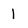
Character: 1